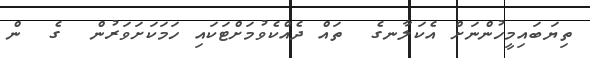
ތިޔަބައިމީހުންނަށް އެކަލާނގެ  ތައް ދެއްކެވުމަށްޓަކައި ހަމަކަށަވަރުން  ގެ  ން